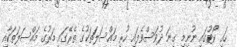
ހައި ކޯޓުގައި ނުނިމި ގިނަ ދުވަސްވެފައި ހުރި މައްސަލަތަކުގެ ތެރޭގައި މަރުގެ މައްސަލަތަކާއި